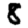
Digit: 8